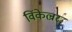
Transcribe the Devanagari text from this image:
विंकेल्रर